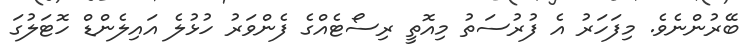
ބޭރުންނެވެ. މިފަހަރު އެ ފުރުސަތު މިއޮތީ ރިސޯޓެއްގެ ފެންވަރު ހުޅުލެ އައިލެންޑް ހޮޓަލުގަ